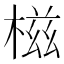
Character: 𣕜